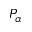
P _ { \alpha }